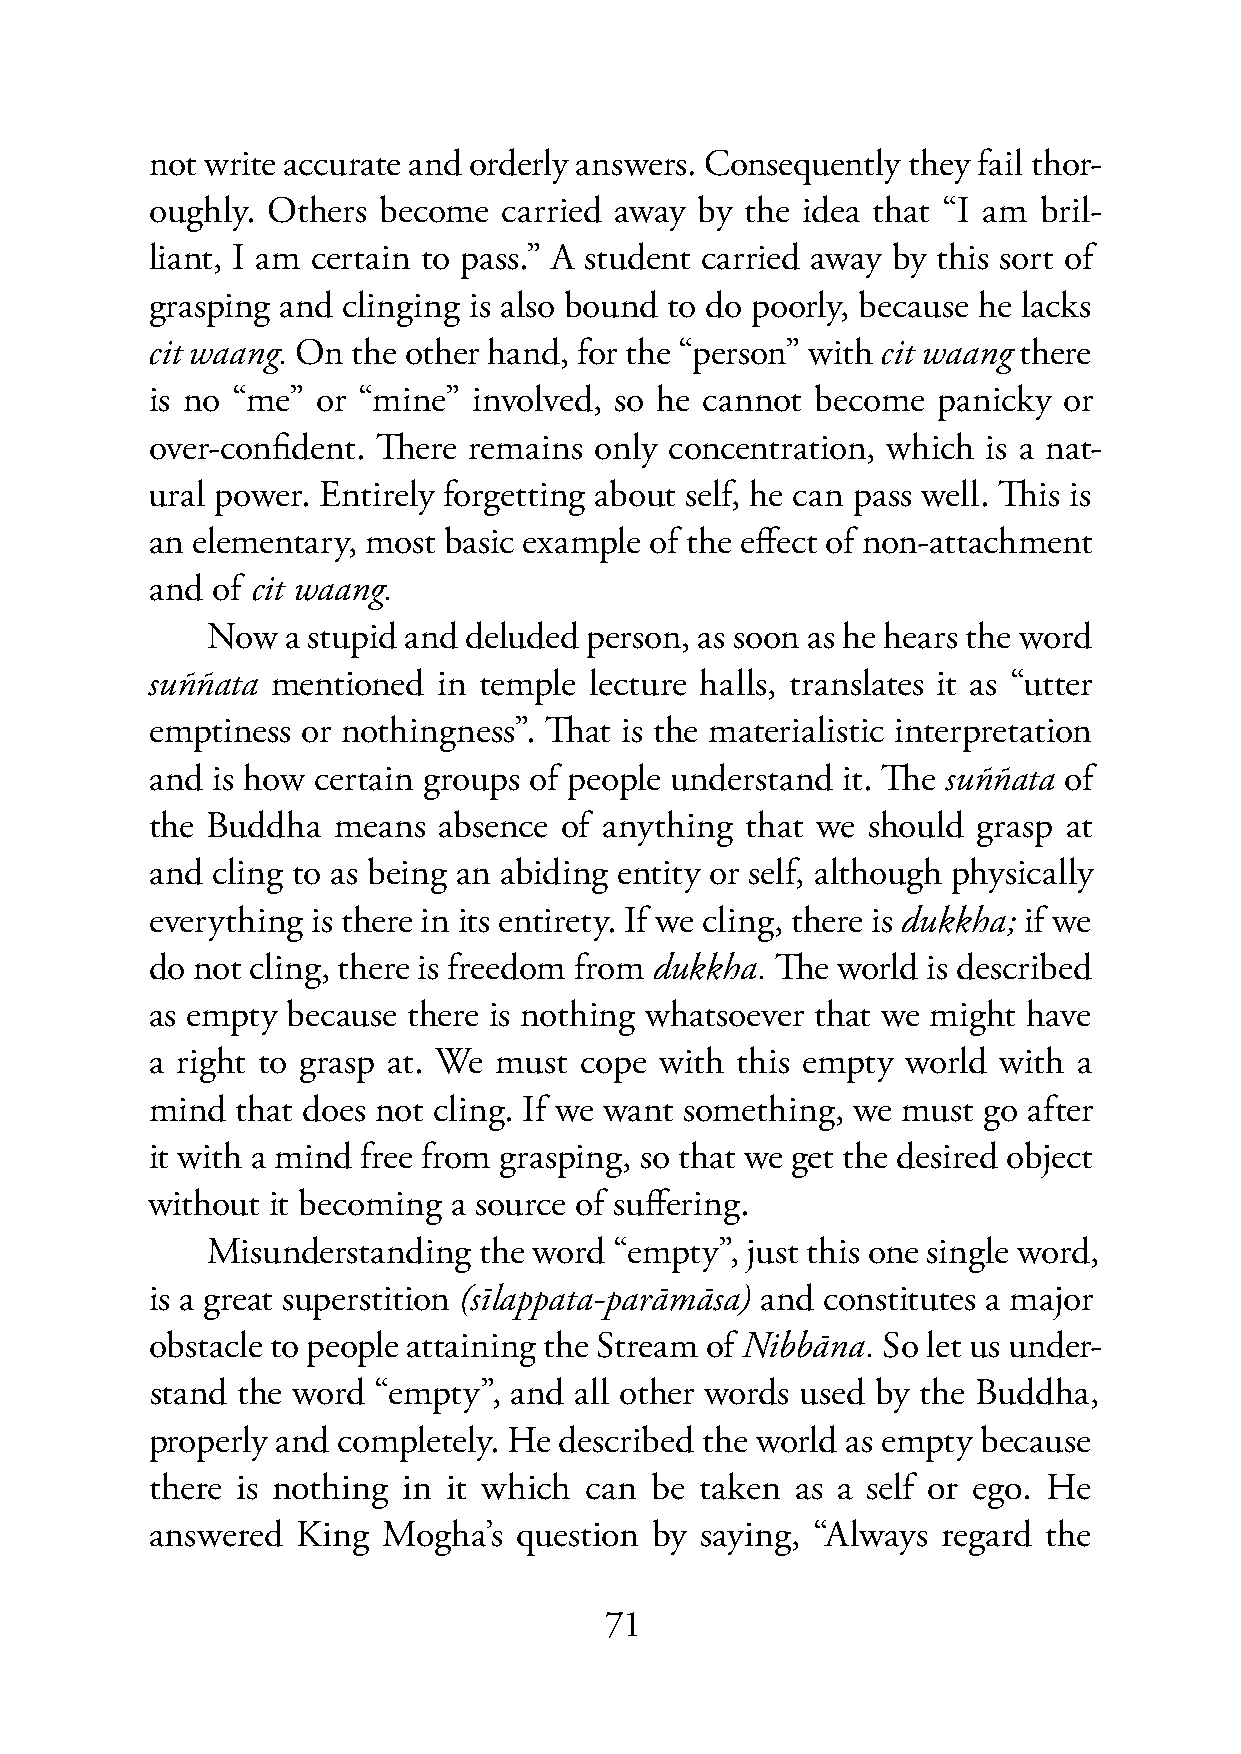
not write accurate and orderly answers. Consequently they fail thor-
 oughly. Others become  carried away by the idea that “I am bril-
 liant, I am certain to pass.” A student carried away by this sort of
 grasping and clinging is also bound to do poorly, because he lacks
 cit waang. On the other hand, for the “person” with cit waang there
 is no “me” or “mine” involved, so he cannot become  panicky or
 over-confident. There remains only concentration, which is a nat-
 ural power. Entirely forgetting about self, he can pass well. This is
 an elementary, most basic example of the effect of non-attachment
 and of cit waang.
 Now  a stupid and deluded person, as soon as he hears the word
 suññata mentioned  in temple lecture halls, translates it as “utter
 emptiness or nothingness”. That is the materialistic interpretation
 and is how certain groups of people understand it. The suññata of
 the Buddha  means  absence of anything that we should  grasp at
 and cling to as being an abiding entity or self, although physically
 everything is there in its entirety. If we cling, there is dukkha; if we
 do not cling, there is freedom from dukkha. The world is described
 as empty because there is nothing whatsoever that we might have
 a right to grasp at. We must cope with this empty world with a
 mind  that does not cling. If we want something, we must go after
 it with a mind free from grasping, so that we get the desired object
 without it becoming a source of suffering.
 Misunderstanding  the word “empty”, just this one single word,
 is a great superstition (sīlappata-parāmāsa) and constitutes a major
 obstacle to people attaining the Stream of Nibbāna. So let us under-
 stand the word “empty”, and all other words used by the Buddha,
 properly and completely. He described the world as empty because
 there is nothing in it which can be taken  as a self or ego. He
 answered  King Mogha’s  question by saying, “Always regard the
 71